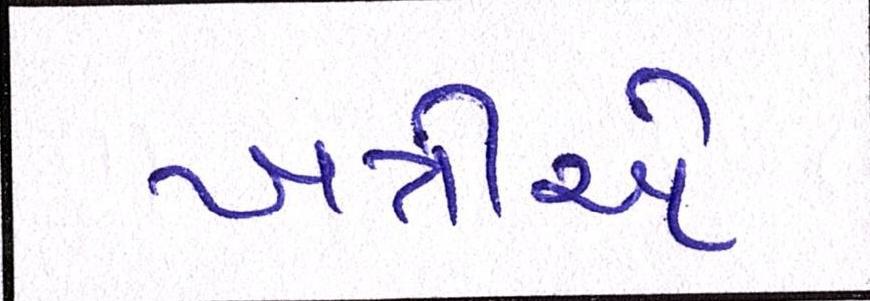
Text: ખત્રીએ